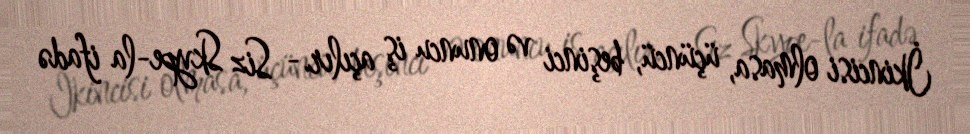
İkincisi olmasa, üçüncü, beşinci və onuncu iş açılır.- Siz Skype-la ifadə